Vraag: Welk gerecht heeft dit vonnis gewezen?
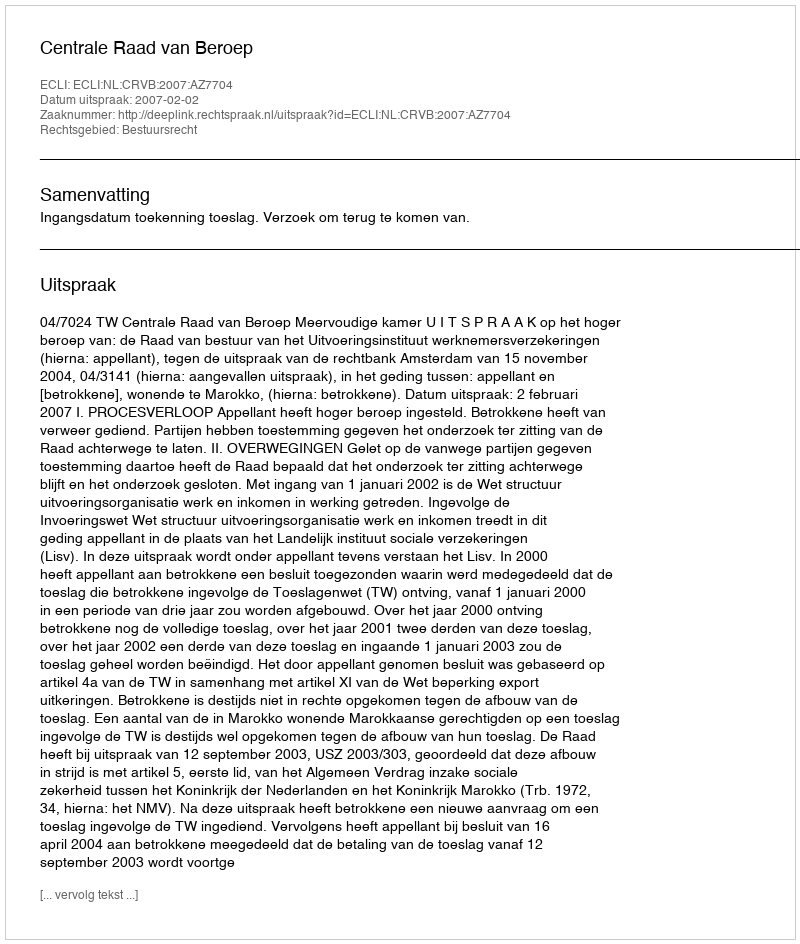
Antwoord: Centrale Raad van Beroep